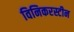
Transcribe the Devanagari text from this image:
विनिकरस्टीन